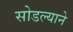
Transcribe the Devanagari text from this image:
सोडल्याने